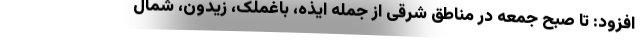
افزود: تا صبح جمعه در مناطق شرقی از جمله ایذه، باغملک، زیدون، شمال